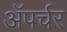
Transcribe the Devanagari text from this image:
ॲपर्चर